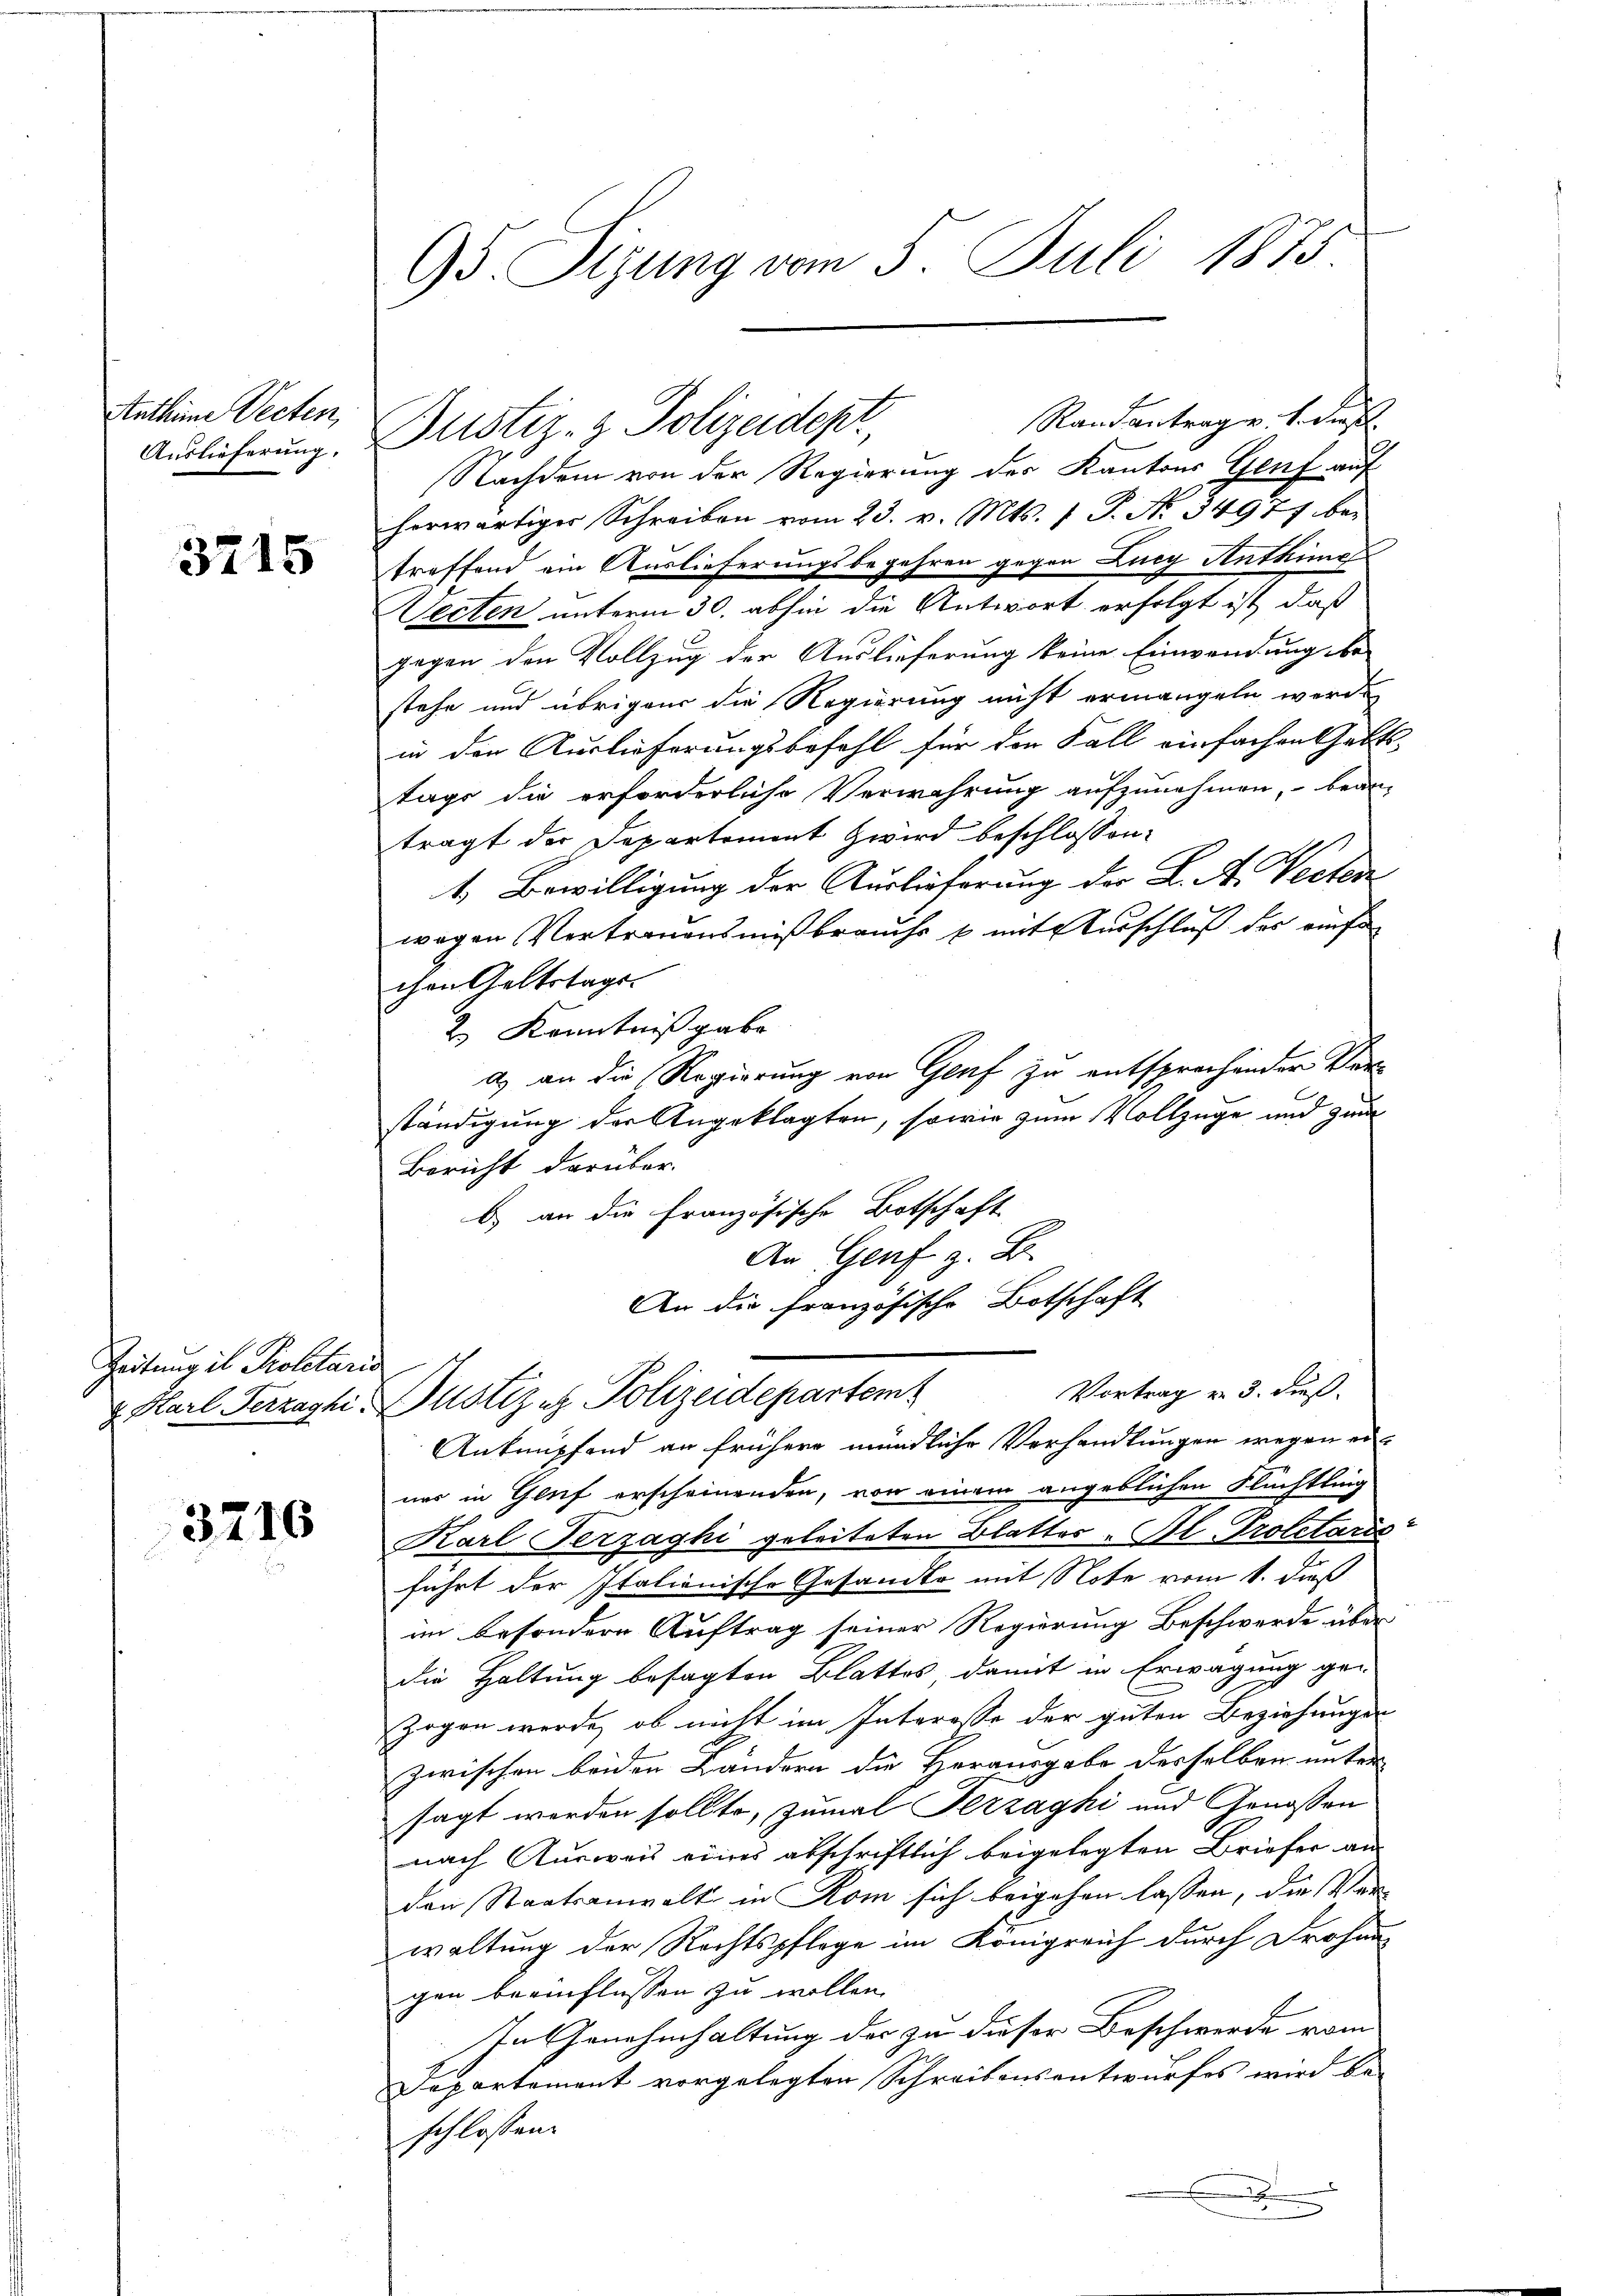
Antheime Vecten,
Auslieferung.

3715

Zeitung in Proletari

3216

95. Sizung vom 5. Juli 1875

Randantrag u. s. dies
Nachdem von der Regierung der Kantons Genf auf
herwärtiger Schreiben vom 23. v. Mts. 1 P. No. 34977 betreffend ein Auslieferungsbegehren gegen Lueg Antkind
Wecten unterm 30. abhin die Antwort erfolgt ist, daß
gegen den Vollzug der Auslieferung keine Einwendung be-
stehe und übrigen die Regierung nicht ermangeln werde
in der Auslieferungsbefehl für der Fall einfachen Gelts-
tage die erforderliche Verwahrung aufzunehmen, bean-
trägt der Departement Zwird beschlossen:
1. Bewilligung der Auslieferung der L. A. Verten
wegen Vertrauensmißbrauchs b mit Ausschluß des einfa
chen Geltstags-
2 Kenntnißgabe
a) an die Regierung von Genf zu entsprechender Verständigung der Angeklagten, sowie zum Vollzüge und zum
Bericht darüber.
b) an die Französische Botschaft
An Genf z. B.
An die französische Botschaft
Vortrag v. 3. dieß.
x Karl Herzaghi, Justiz & Polizeidepartem
Anknüpfend an frühere mündliche Verhandlungen wegen erner in Gluf erscheinenden, von einem angeblichen Flüchtling
Karl Terzaghi geleiteten Blatter-Fl. Proletaris
führt der Italienische Gesandte mit Note vom 1. dieß
im besondere Auftrag seiner Regierung Beschwerde über
die Haltung besagten Blattes damit in Erwägung ge-
zogen werde, ob nicht im Interesse der guten Beziehungen
zwischen beiden Ländern die Herausgabe derselben unter
sagt worden sollte, zumal Fezzaghi und Genossen
nach Ausweis eines abschriftlich beigelegten Briefer an
den Staatsanwalt in Rom sich beigehen lassen, die Ver
waltung der Rechtspflege im Königreich durch Drohan
gen beeinflüssen zu wollen.
In Genehmhaltung der zu dieser Beschwerde vom
Departement vorgelegten Schreibensentwurfes wird be-
schlossen:
.

Justiz- & Polizeidepr